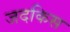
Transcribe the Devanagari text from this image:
जदकिस